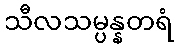
သီလသမ္ပန္နတရံ